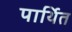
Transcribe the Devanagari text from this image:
पार्थित